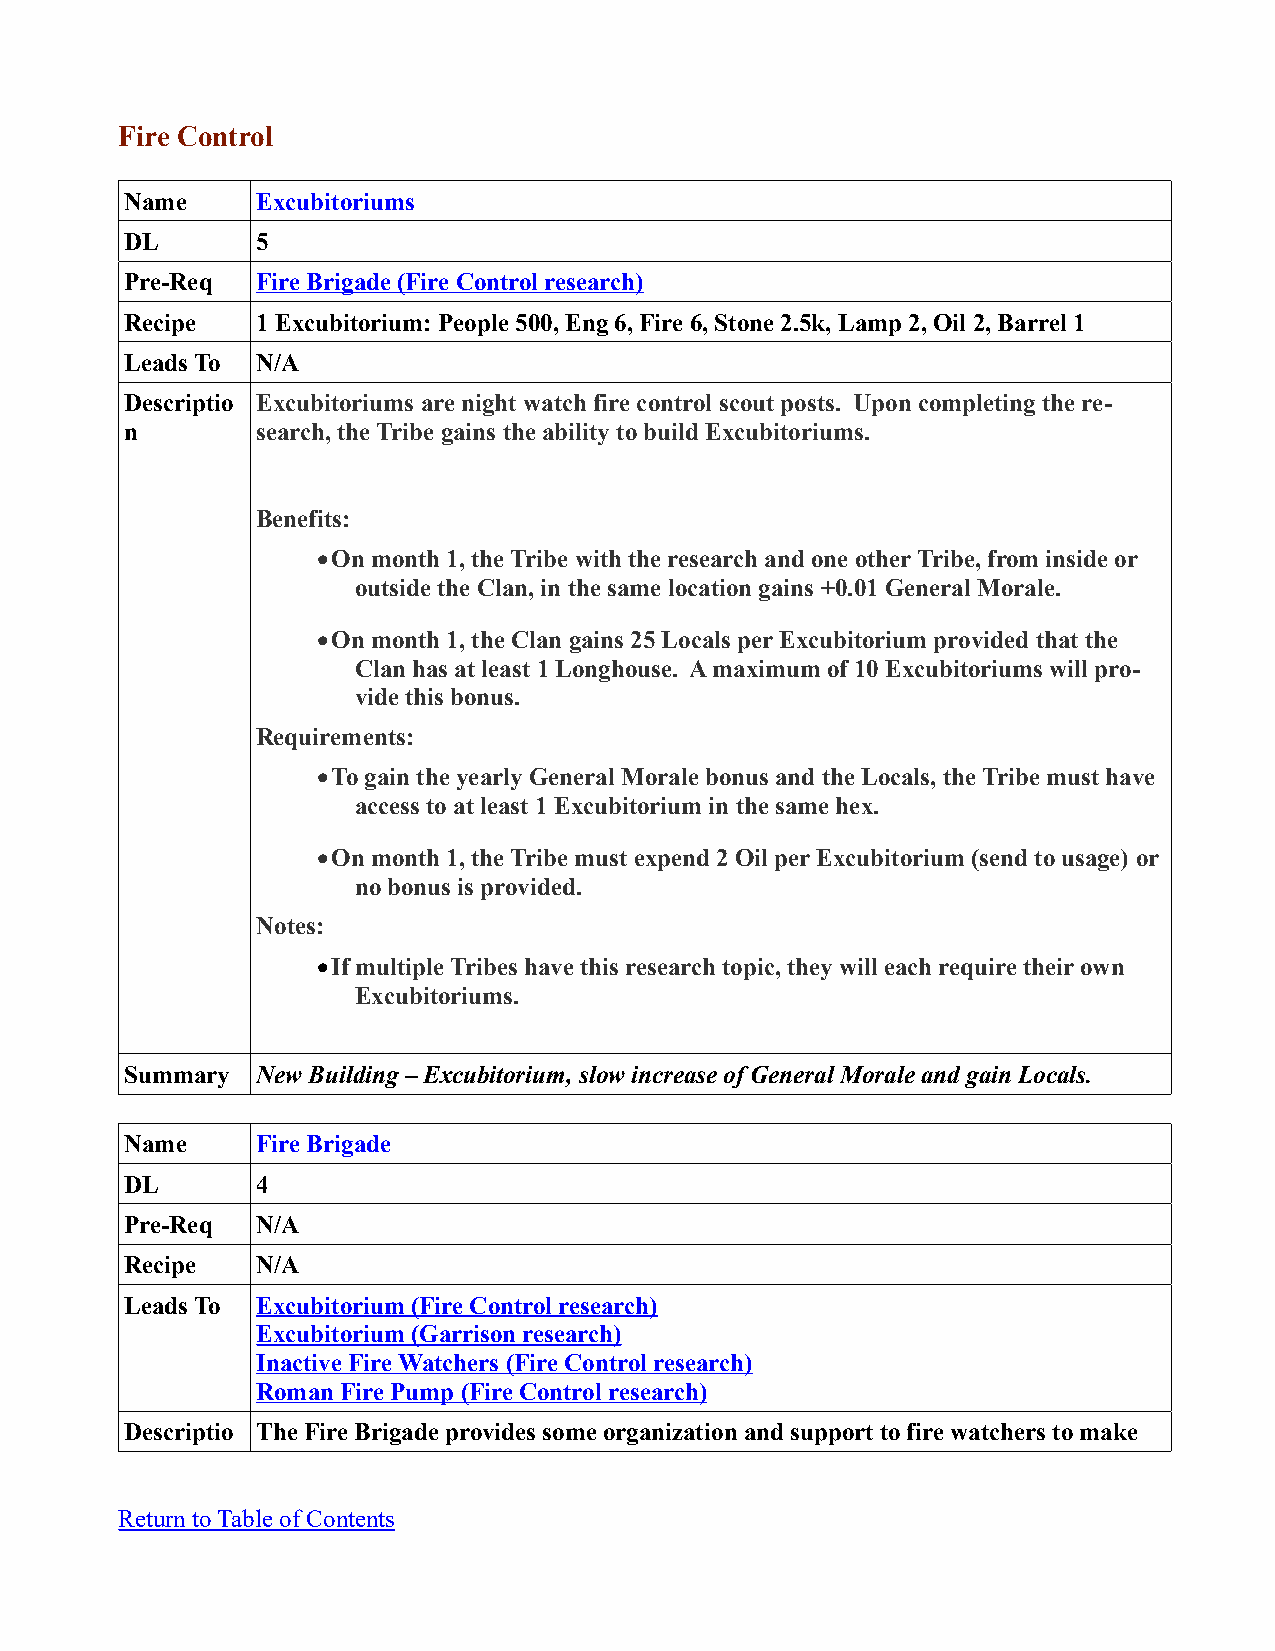
Fire Control
 Name     Excubitoriums
 DL       5
 Pre-Req  Fire Brigade (Fire Control research)
 Recipe   1 Excubitorium: People 500, Eng 6, Fire 6, Stone 2.5k, Lamp 2, Oil 2, Barrel 1
 Leads To N/A
 Descriptio Excubitoriums are night watch fire control scout posts. Upon completing the re-
 n        search, the Tribe gains the ability to build Excubitoriums.
 Benefits:
 On month 1, the Tribe with the research and one other Tribe, from inside or
 outside the Clan, in the same location gains +0.01 General Morale.
 On month 1, the Clan gains 25 Locals per Excubitorium provided that the
 Clan has at least 1 Longhouse. A maximum of 10 Excubitoriums will pro-
 vide this bonus.
 Requirements:
 To gain the yearly General Morale bonus and the Locals, the Tribe must have
 access to at least 1 Excubitorium in the same hex.
 On month 1, the Tribe must expend 2 Oil per Excubitorium (send to usage) or
 no bonus is provided.
 Notes:
 If multiple Tribes have this research topic, they will each require their own
 Excubitoriums.
 Summary  New Building – Excubitorium, slow increase of General Morale and gain Locals.
 Name     Fire Brigade
 DL       4
 Pre-Req  N/A
 Recipe   N/A
 Leads To Excubitorium (Fire Control research)
 Excubitorium (Garrison research)
 Inactive Fire Watchers (Fire Control research)
 Roman Fire Pump (Fire Control research)
 Descriptio The Fire Brigade provides some organization and support to fire watchers to make
 Return to Table of Contents